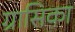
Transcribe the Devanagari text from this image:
ग्रासिका